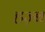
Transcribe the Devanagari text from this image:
हज़्ब